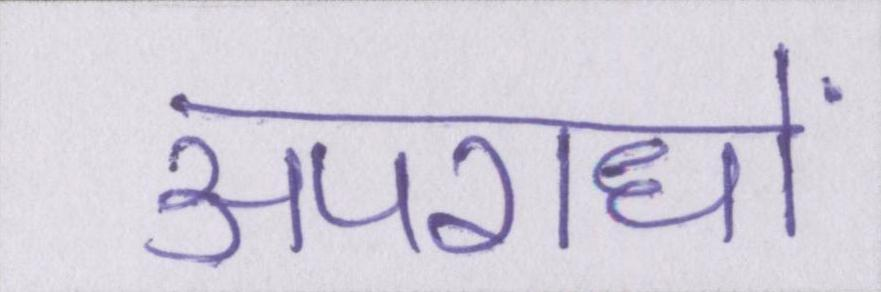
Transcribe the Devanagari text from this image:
अपराधों